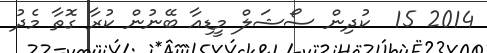
2014 15  ކުދިން ސޯޝަލް މީޑިއާ ބޭނުން ކުރާ ގޮތާ މެދު